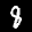
Label: 8